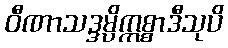
ဝီဏာသဒ္ဒမ္ပိဣစ္စာဒီသုပိ